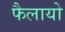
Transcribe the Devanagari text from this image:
फैलायो